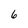
Character: 6